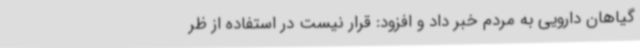
گیاهان دارویی به مردم خبر داد و افزود: قرار نیست در استفاده از ظر